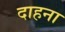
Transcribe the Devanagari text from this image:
दाहना